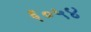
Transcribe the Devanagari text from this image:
६०५४